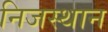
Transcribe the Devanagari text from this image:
निजस्थान